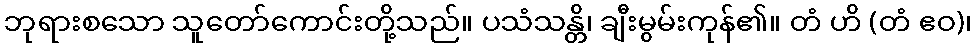
ဘုရားစသော သူတော်ကောင်းတို့သည်။ ပသံသန္တိ၊ ချီးမွမ်းကုန်၏။ တံ ဟိ (တံ ဧဝ)၊